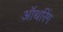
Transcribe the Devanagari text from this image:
ऑथरिंग